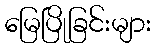
မြေပြိုခြင်းများ